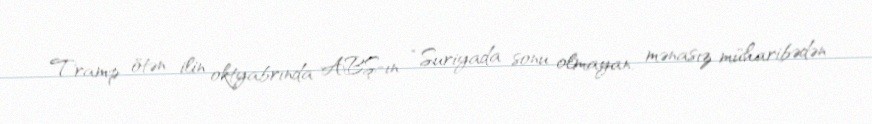
Tramp ötən ilin oktyabrında ABŞ-ın “Suriyada sonu olmayan, mənasız müharibədən